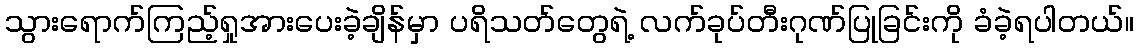
သွားရောက်ကြည့်ရှုအားပေးခဲ့ချိန်မှာ ပရိသတ်တွေရဲ့ လက်ခုပ်တီးဂုဏ်ပြုခြင်းကို ခံခဲ့ရပါတယ်။